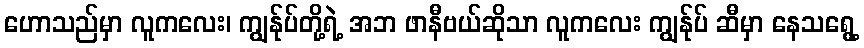
ဟောသည်မှာ လူကလေး၊ ကျွန်ုပ်တို့ရဲ့ အဘ ဖာနီဗယ်ဆိုသာ လူကလေး ကျွန်ုပ် ဆီမှာ နေသရွေ့